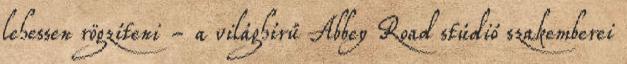
lehessen rögzíteni - a világhírű Abbey Road stúdió szakemberei